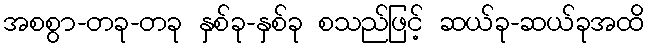
အစစွာ-တခု-တခု နှစ်ခု-နှစ်ခု စသည်ဖြင့် ဆယ်ခု-ဆယ်ခုအထိ